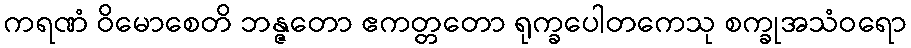
ကရဏံ ဝိမောစေတိ ဘန္ဇတော ဧကတ္တတော ရုက္ခပေါတကေသု စက္ခုအသံဝရော